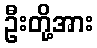
ဦးတို့အား